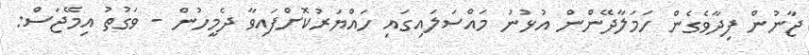
ޖާނުން ފިދާވެގެން ހަމަލާދޭންން އުޅުނު މައްސަލައިގައި ހައްޔަރުކޮށްފައިވާ ދެމީހުން - ވަގުތު އިމޭޖަސް: